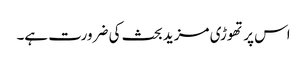
اس پر تھوڑی مزید بحث کی ضرورت ہے۔